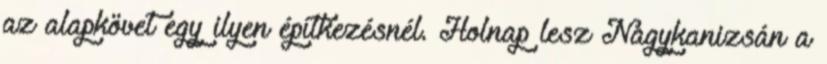
az alapkövet egy ilyen építkezésnél. Holnap lesz Nagykanizsán a